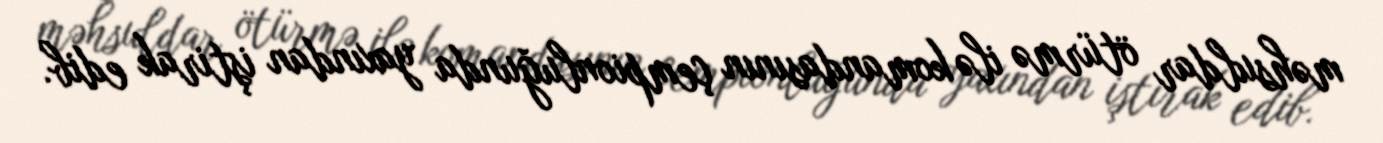
məhsuldar ötürmə ilə komandasının çempionluğunda yaxından iştirak edib.